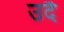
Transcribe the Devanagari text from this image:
उदै